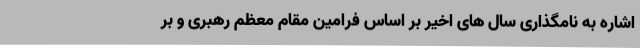
اشاره به نامگذاری سال های اخیر بر اساس فرامین مقام معظم رهبری و بر